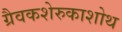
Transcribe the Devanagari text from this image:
ग्रैवकशेरुकाशोथ